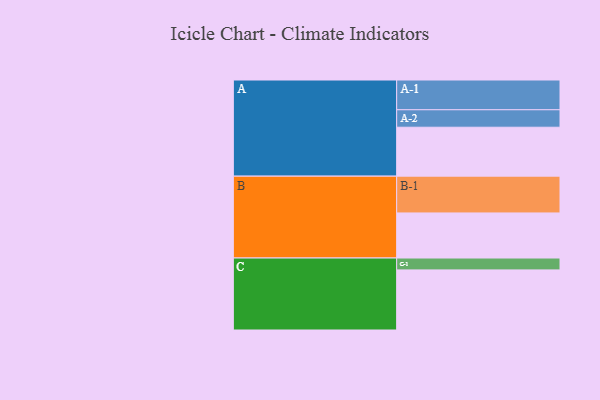
{"axis": {"x": "Segment", "y": "Value"}, "legend": ["", "A", "B", "C"], "data": [{"x": "A", "y": 342, "type": ""}, {"x": "B", "y": 315, "type": ""}, {"x": "C", "y": 420, "type": ""}, {"x": "A-1", "y": 208, "type": "A"}, {"x": "A-2", "y": 122, "type": "A"}, {"x": "B-1", "y": 257, "type": "B"}, {"x": "C-1", "y": 83, "type": "C"}]}